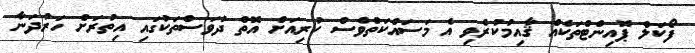
ފޯކަލް ޕޮއިންޓްތަކެއް ޤާއިމުކުރެވި އެ މަސައްކަތްވެސް ކުރިއަށް އޮތް ދުވަސްތަކުގައި އިތުރަށް ހަރުދަނާ